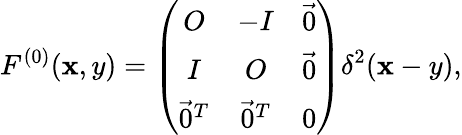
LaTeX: F^{(0)}(\mathbf{x},y)=\left(\begin{array}{ccc}{{O}}&{{-I}}&{{\vec{0}}}\\ {{I}}&{{O}}&{{\vec{0}}}\\ {{\vec{0}^{T}}}&{{\vec{0}^{T}}}&{{0}}\end{array}\right)\delta^{2}(\mathbf{x}-y),